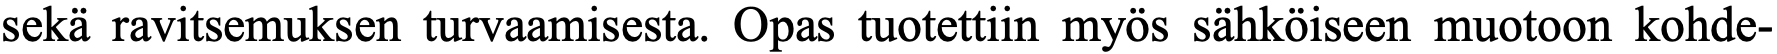
sekä ravitsemuksen turvaamisesta. Opas tuotettiin myös sähköiseen muotoon kohde-